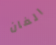
الفان